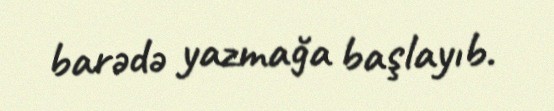
barədə yazmağa başlayıb.